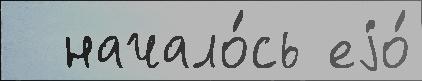
  начало́сь еjо́